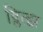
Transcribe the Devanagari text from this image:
ब्लित्झ